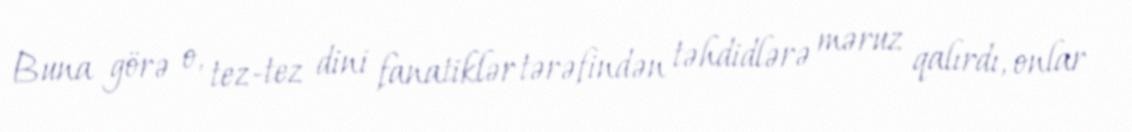
Buna görə o, tez-tez dini fanatiklər tərəfindən təhdidlərə məruz qalırdı, onlar